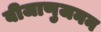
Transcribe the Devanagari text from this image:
बीजाणुजनन